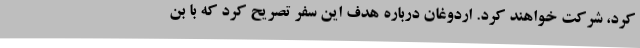
کرد، شرکت خواهند کرد. اردوغان درباره هدف این سفر تصریح کرد که با بن